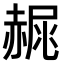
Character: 𧹧